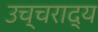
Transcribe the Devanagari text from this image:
उच्चराद्य